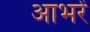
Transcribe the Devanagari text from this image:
आभरें